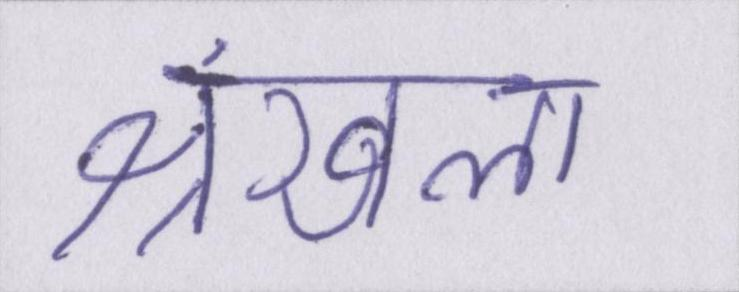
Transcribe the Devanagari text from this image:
श्रंखला